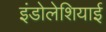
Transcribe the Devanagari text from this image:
इंडोलेशियाई